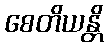
စေတိယန္တိ